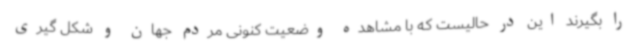
را بگیرند این در حالیست که با مشاهده وضعیت کنونی مردم جهان و شکل گیری